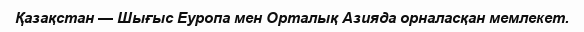
Қазақстан — Шығыс Еуропа мен Орталық Азияда орналасқан мемлекет.